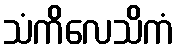
သံကိလေသိကံ